Annual report on the working of the lock hospitals in the Central Provinces
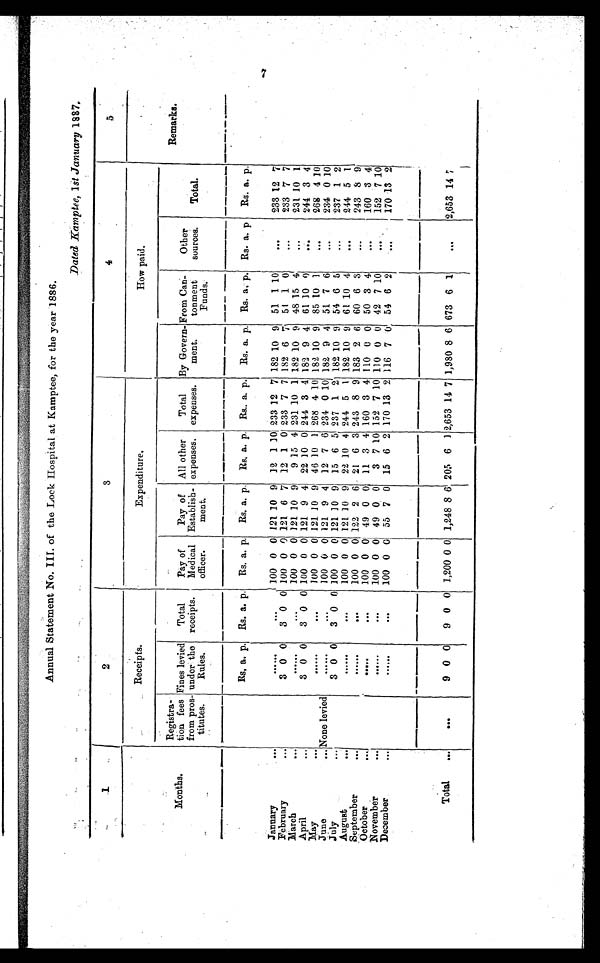
Annual Statement No. III. of the Lock Hospital at Kamptee, for the year 1886.
Dated Kamptee, 1st January 1887.
1
2
3
4
5
Receipts.
Expenditure.
How paid.
Months.
Registra-
tion fees
from pros-
titutes.
Fines levied
under the
Rules.
Total
receipts.
Pay of
Medical
officer.
Pay of
Establish-
ment.
All other
expenses.
Total
expenses.
By Govern-
ment.
From Can-
tonment
Funds.
Other
sources.
Total.
Remarks.
Rs. a. p. Rs. a. p . Rs. a. p. Rs. a. p. Rs. a. p. Rs. a. p. Rs. a. p. Rs. a. p. Rs. a. p. Rs. a. p.
January
. . .
. . . . . .
. . . 100 0 0 121 10 9 12 1 10 233 12 7 182 10 9 51 1 10
...
233 12 7
February
. . .
3 0 0 3 0 0 100 0 0 121 6 7 12 1 0 233 7 7 182 6 7 51 1 0
...
233 7 7
March
. . .
. .
..
. .
. . . 100 0 0 121 10 9
9 15 4 231 10 1 182 10 9 48 15 4
...
231 10 1
April
. . .
3 0 0
3 0 0 100 0 0 121 9 4 22 10 0 244 3 4 182 9 4 61 10 0
...
244 3 4
May
. . .
. .
..
. .
. . . 100 0 0 121 10 9 46 10 1 268 4 10 182 10 9 85 10 1
...
268 4 10
June
... None levied
. . .. . .
. . . 100 0 0 121 9 4 12 7 6 234 0 10 182 9 4 51 7 6
...
234 0 10
July
. . .
3 0 0 3 0 0 100 0 0 121 10 9 15 6 5 237 1 2 182 10 9 54 6 5
...
237 1 2
August
. . .
. . .. . .
. . . 100 0 0 121 10 9 22 10 4 244 5 1 182 10 9 61 10 4
...
244 5 1
September
. . .
. .
..
. .
. . . 100 0 0 122 2 6 21 6 3 243 8 9 183 2 6 60 6 3
...
243 8 9
October
. . .
. . . . .
. . . 100 0 0 49 0 0 11 3 4 160 3 4 110 0 0 50 3 4
...
160 3 4
November
. . .
. . . . . .
. . . 100 0 0 49 0 0
3 7 10 152 7 10 110 0 0 42 7 10
...
l52 7 10
December
. . .
. .
..
. .
. . . 100 0 0 55 7 0 15 6 2 170 13 2 116 7 0 54 6 2
...
170 13 2
Total
...
. . .
9
0 0
9 0 0 1,200 0 0 1,248 8 6 205 6 1 2,653 14 7 1,980 8 6 673 6 1
...
2,653 14 7